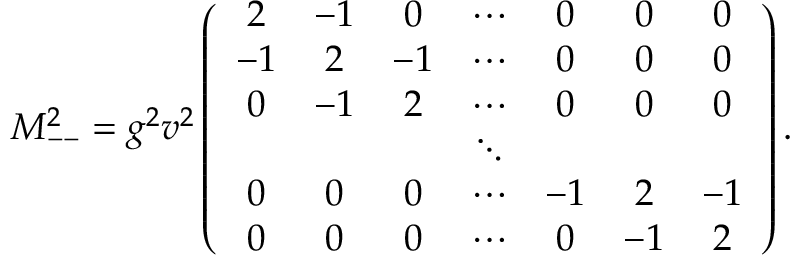
M _ { -- } ^ { 2 } = g ^ { 2 } v ^ { 2 } \left( \begin{array} { c c c c c c c } { { 2 } } & { { - 1 } } & { { 0 } } & { { \cdots } } & { { 0 } } & { { 0 } } & { { 0 } } \\ { { - 1 } } & { { 2 } } & { { - 1 } } & { { \cdots } } & { { 0 } } & { { 0 } } & { { 0 } } \\ { { 0 } } & { { - 1 } } & { { 2 } } & { { \cdots } } & { { 0 } } & { { 0 } } & { { 0 } } \\ { { } } & { { } } & { { } } & { { \ddots } } & { { } } & { { } } & { { } } \\ { { 0 } } & { { 0 } } & { { 0 } } & { { \cdots } } & { { - 1 } } & { { 2 } } & { { - 1 } } \\ { { 0 } } & { { 0 } } & { { 0 } } & { { \cdots } } & { { 0 } } & { { - 1 } } & { { 2 } } \end{array} \right) .